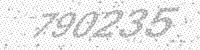
Solution: 790235